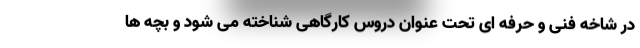
در شاخه فنی و حرفه ای تحت عنوان دروس کارگاهی شناخته می شود و بچه ها